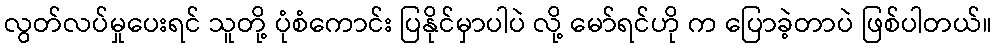
လွတ်လပ်မှုပေးရင် သူတို့ ပုံစံကောင်း ပြနိုင်မှာပါပဲ လို့ မော်ရင်ဟို က ပြောခဲ့တာပဲ ဖြစ်ပါတယ်။